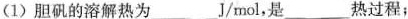
(1)胆矾的溶解热为___J/mol，是___热过程；